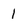
Character: 1